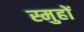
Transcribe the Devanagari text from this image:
स्मुहों